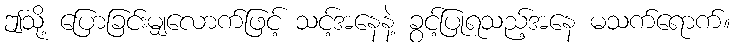
ဤသို့ ပြောခြင်းမျှလောက်ဖြင့် သင့်အနေနဲ့ ခွင့်ပြုရသည့်အနေ မသက်ရောက်။